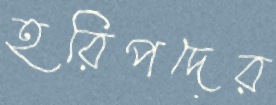
হরিপদের